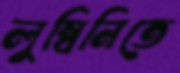
লুম্বিনিতে